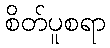
စိတ်ပူစရာ